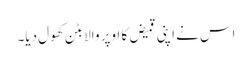
اس نے اپنی قمیض کا اوپر والا بٹن کھول دیا۔